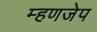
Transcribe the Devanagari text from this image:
म्हणजेप